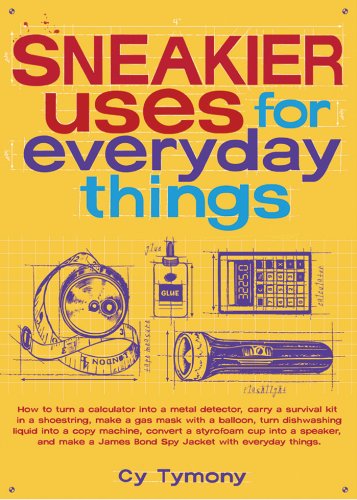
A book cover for Sneakier Uses for Everyday Things; Cy Tymony; Science & Math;